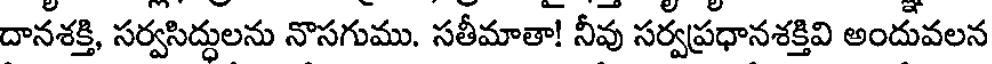
దానశక్తి, సర్వసిద్దులను నొసగుము. సతీమాతా! నీవు సర్వప్రధానశక్తివి అందువలన